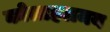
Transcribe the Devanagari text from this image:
कोलाहलमय